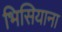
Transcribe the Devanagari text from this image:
भिसियाना